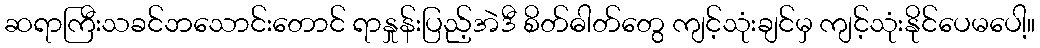
ဆရာကြီးသခင်ဘသောင်းတောင် ရာနှုန်းပြည့်အဲဒီ စိတ်ဓါတ်တွေ ကျင့်သုံးချင်မှ ကျင့်သုံးနိုင်ပေမပေါ့။